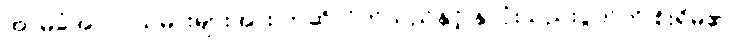
အာမခံအလုပ်သမားများအား ဟုဆိုလိုက်သည်နှင့် နှလုံးသည်းပွတ်ကို စိုးရိမ်၏